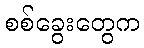
စစ်ခွေးတွေက